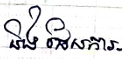
និង ផែនការ